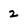
Character: 2